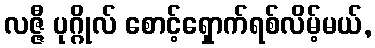
လဇ္ဇီ ပုဂ္ဂိုလ် စောင့်ရှောက်ရစ်လိမ့်မယ်,